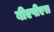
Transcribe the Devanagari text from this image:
बीएपीएस